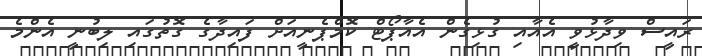
ރައީސް ވިދާޅުވީ އެއާއި ގުޅިގެން އެއާޕޯޓް ކޮމްޕެނީއަށް ފައިދާގެ ގޮތުގައި ލިބުނީ އެންމެ